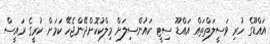
އައްޑޫގެ ހުރި ވަސީލަތްތައް އައްޑޫ ސިޓީ ކައުންސިލަށް މިލްކުކޮށްދޭންޖެހޭ ކަމަށް ކުރީގެ ރައީސް